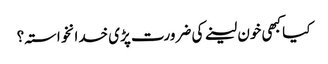
کیا کبھی خون لینے کی ضرورت پڑی خدانخواستہ؟